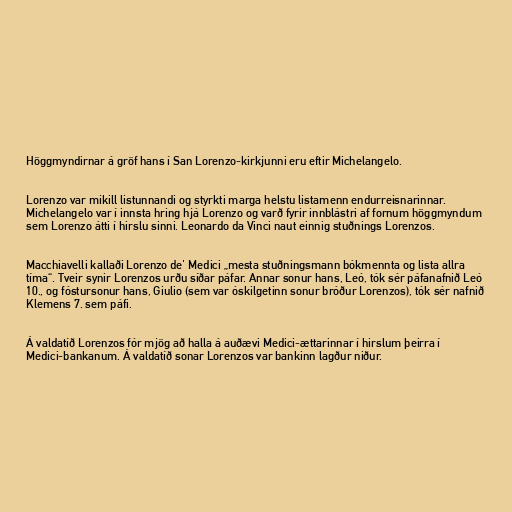
Höggmyndirnar á gröf hans í San Lorenzo-kirkjunni eru eftir Michelangelo.

Lorenzo var mikill listunnandi og styrkti marga helstu listamenn endurreisnarinnar.
Michelangelo var í innsta hring hjá Lorenzo og varð fyrir innblástri af fornum höggmyndum
sem Lorenzo átti í hirslu sinni. Leonardo da Vinci naut einnig stuðnings Lorenzos.

Macchiavelli kallaði Lorenzo de' Medici „mesta stuðningsmann bókmennta og lista allra
tíma“. Tveir synir Lorenzos urðu síðar páfar. Annar sonur hans, Leó, tók sér páfanafnið Leó
10., og fóstursonur hans, Giulio (sem var óskilgetinn sonur bróður Lorenzos), tók sér nafnið
Klemens 7. sem páfi.

Á valdatíð Lorenzos fór mjög að halla á auðævi Medici-ættarinnar í hirslum þeirra í
Medici-bankanum. Á valdatíð sonar Lorenzos var bankinn lagður niður.